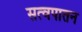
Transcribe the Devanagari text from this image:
सत्वपातन